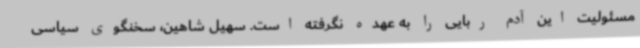
مسئولیت این آدم ربایی را به عهده نگرفته است. سهیل شاهین، سخنگوی سیاسی